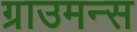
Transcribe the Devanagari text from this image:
ग्राउमन्स